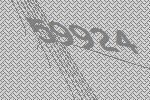
59924